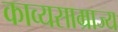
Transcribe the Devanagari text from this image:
काव्यसाम्राज्य